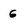
Character: G